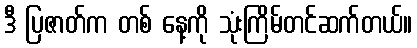
ဒီ ပြဇာတ်က တစ် နေ့ကို သုံးကြိမ်တင်ဆက်တယ်။